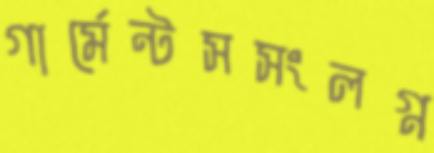
গার্মেন্টসসংলগ্ন